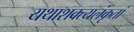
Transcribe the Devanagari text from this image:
यथाशक्त्यलंकृतां